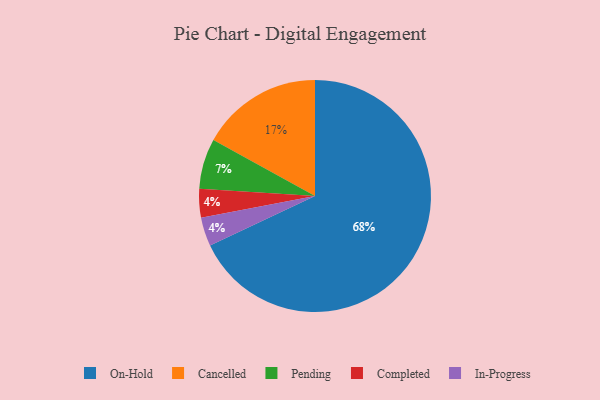
{"axis": {"x": "Category", "y": "Percentage"}, "legend": ["Cancelled", "Completed", "In-Progress", "On-Hold", "Pending"], "data": [{"x": "Completed", "y": 4, "type": "Completed"}, {"x": "Cancelled", "y": 17, "type": "Cancelled"}, {"x": "On-Hold", "y": 68, "type": "On-Hold"}, {"x": "Pending", "y": 7, "type": "Pending"}, {"x": "In-Progress", "y": 4, "type": "In-Progress"}]}